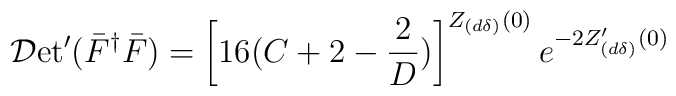
{\cal D} \mbox{et}' (\bar F^{\dag} \bar F) = \left[16 (C+ 2 -  \frac{2}{D}) \right]^{Z_{(d \delta)}(0)} e^{-2Z'_{(d \delta)}(0)}